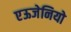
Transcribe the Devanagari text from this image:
एऊजेनियो